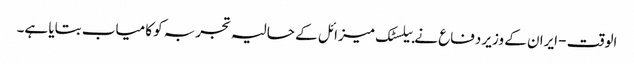
الوقت - ایران کے وزیر دفاع نے بیلسٹک میزائل کے حالیہ تجربہ کو کامیاب بتایا ہے۔